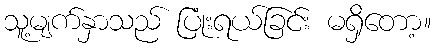
သူ့မျက်နှာသည် ပြုံးရယ်ခြင်း မရှိတော့။